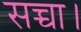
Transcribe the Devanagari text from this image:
सच्चा।